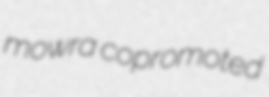
mowra copromoted